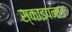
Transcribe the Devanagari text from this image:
स्काइपनाउ